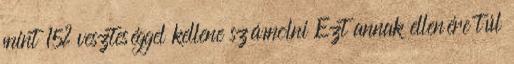
mint 15% veszteséggel kellene számolni Ezt annak ellenére túl